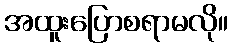
အထူးပြောစရာမလို။